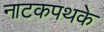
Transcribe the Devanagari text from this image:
नाटकपथके